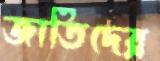
জাতিদের